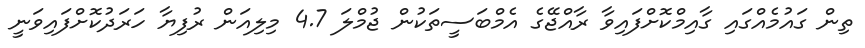
ތިން ގައުމެއްގައި ގާއިމްކޮށްފައިވާ ރާއްޖޭގެ އެމްބަސީތަކުން ޖުމްލަ 4.7 މިލިއަން ރުފިޔާ ހަރަދުކޮށްފައިވަނީ